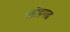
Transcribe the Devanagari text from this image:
लोहगढ